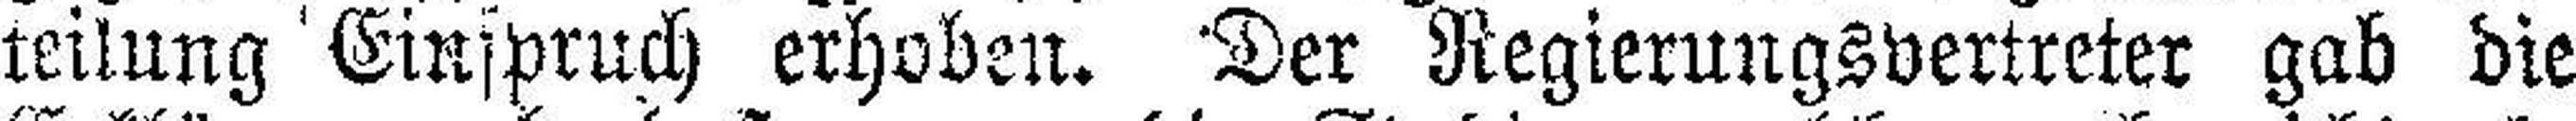
leitung Einspruch erhoben. Der Regierungsvertreter gab die